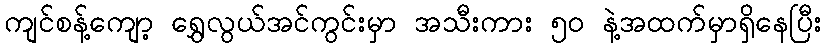
ကျင်စန့်ကျော့ ရွှေလွယ်အင်ကွင်းမှာ အသီးကား ၅၀ နဲ့အထက်မှာရှိနေပြီး